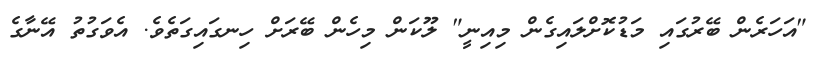
"އަހަރެން ބޭރުގައި މަޑުކޮށްލައިގެން މިއިނީ" ލޫކަން މިހެން ބޭރަށް ހިނގައިގަތެވެ. އެވަގުތު އޭނާގެ